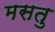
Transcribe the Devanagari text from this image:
मसतु